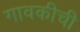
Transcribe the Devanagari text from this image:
गावकीची